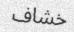
خشاف